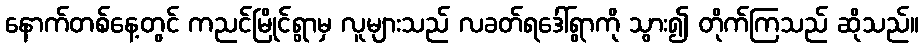
နောက်တစ်နေ့တွင် ကညင်မြိုင်ရွာမှ လူများသည် လခတ်ရဒေါ်ရွာကို သွား၍ တိုက်ကြသည် ဆိုသည်။